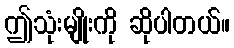
ဤသုံးမျိုးကို ဆိုပါတယ်။